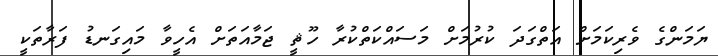
ޔަމަންގެ ވެރިކަމަށް އަތްގަދަ ކުރުމަށް މަސައްކަތްކުރާ ހޫޘީ ޖަމާއަތަށް އެހީވާ މައިގަނޑު ފަރާތަކީ